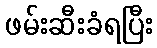
ဖမ်းဆီးခံရပြီး